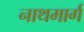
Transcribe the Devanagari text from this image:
नाथमार्ग